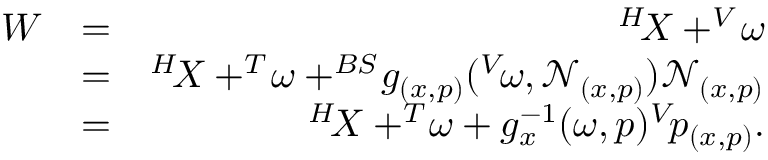
\begin{array} { r l r } { W } & { = } & { ^ { H } \! X + ^ { V } \! \omega } \\ & { = } & { ^ { H } \! X + ^ { T } \! \omega + ^ { B S } \! g _ { ( x , p ) } ( ^ { V } \! \omega , \mathcal { N } _ { ( x , p ) } ) \mathcal { N } _ { ( x , p ) } } \\ & { = } & { ^ { H } \! X + ^ { T } \! \omega + g _ { x } ^ { - 1 } ( \omega , p ) ^ { V } \! p _ { ( x , p ) } . } \end{array}